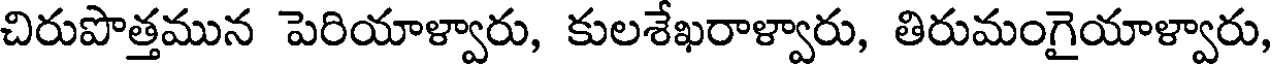
చిరుపొత్తమున పెరియాళ్వారు, కులశేఖరాళ్వారు, తిరుమంగైయాళ్వారు,